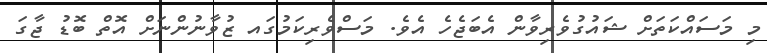
މި މަސައްކަތަށް ޝައުގުވެރިވާން އެބަޖެހެ އެވެ. މަސްވެރިކަމުގައ ޒުވާނުންނަށް އޮތް ބޮޑު ޖާގަ